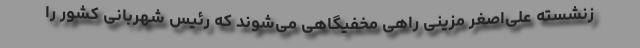
زنشسته علی‌اصغر مزینی راهی مخفیگاهی می‌شوند که رئیس شهربانی کشور را